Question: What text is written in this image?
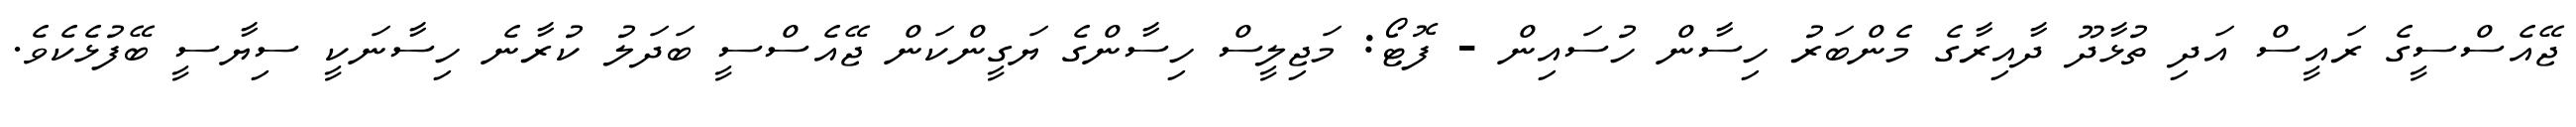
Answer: ޖޭއެސްސީގެ ރައީސް އަދި ތުޅާދޫ ދާއިރާގެ މެންބަރު ހިސާން ހުސައިން - ފޮޓޯ: މަޖިލީސް ހިސާންގެ ޔަގީންކަން ޖޭއެސްސީ ބަދަލު ކުރާނެ ހިސާނަކީ ސިޔާސީ ބޭފުޅެކެވެ.